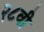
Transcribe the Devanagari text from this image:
२८वी